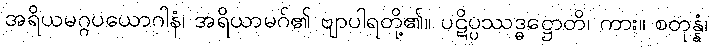
အရိယမဂ္ဂပယောဂါနံ၊ အရိယာမဂ်၏ ဗျာပါရတို့၏။ ပဋိပ္ပဿဒ္ဓဋ္ဌောတိ၊ ကား။ စတုန္နံ၊